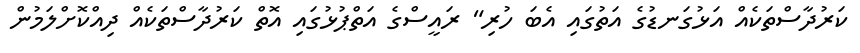
ކަރުދާސްތަކެއް އަޅުގަނޑުގެ އަތުގައި އެބަ ހުރި" ރައީސްގެ އަތްޕުޅުގައި އޮތް ކަރުދާސްތަކެއް ދިއްކޮށްލަމުން